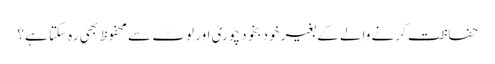
حفاظت کرنے والے کے بغیر خود بخود چوری اور لوٹ سے محفوظ بھی رہ سکتا ہے؟